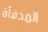
المدفأة